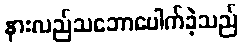
နားလည်သဘောပေါက်ခဲ့သည်